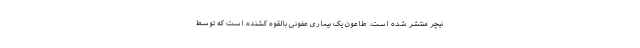
نیچر منتشر شده است. طاعون یک بیماری عفونی بالقوه کشنده است که توسط